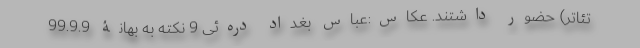
تئاتر) حضور داشتند. عکاس:عباس بغداد دره‌ئی 9 نکته به بهانۀ 99.9.9